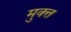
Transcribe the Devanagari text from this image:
मुक्त्त